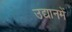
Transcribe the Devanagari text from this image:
उद्यानमें